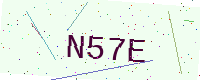
Text: N57E